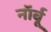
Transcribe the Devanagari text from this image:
नॉर्बू